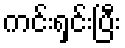
ကင်းရှင်းပြီး